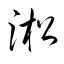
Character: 淞